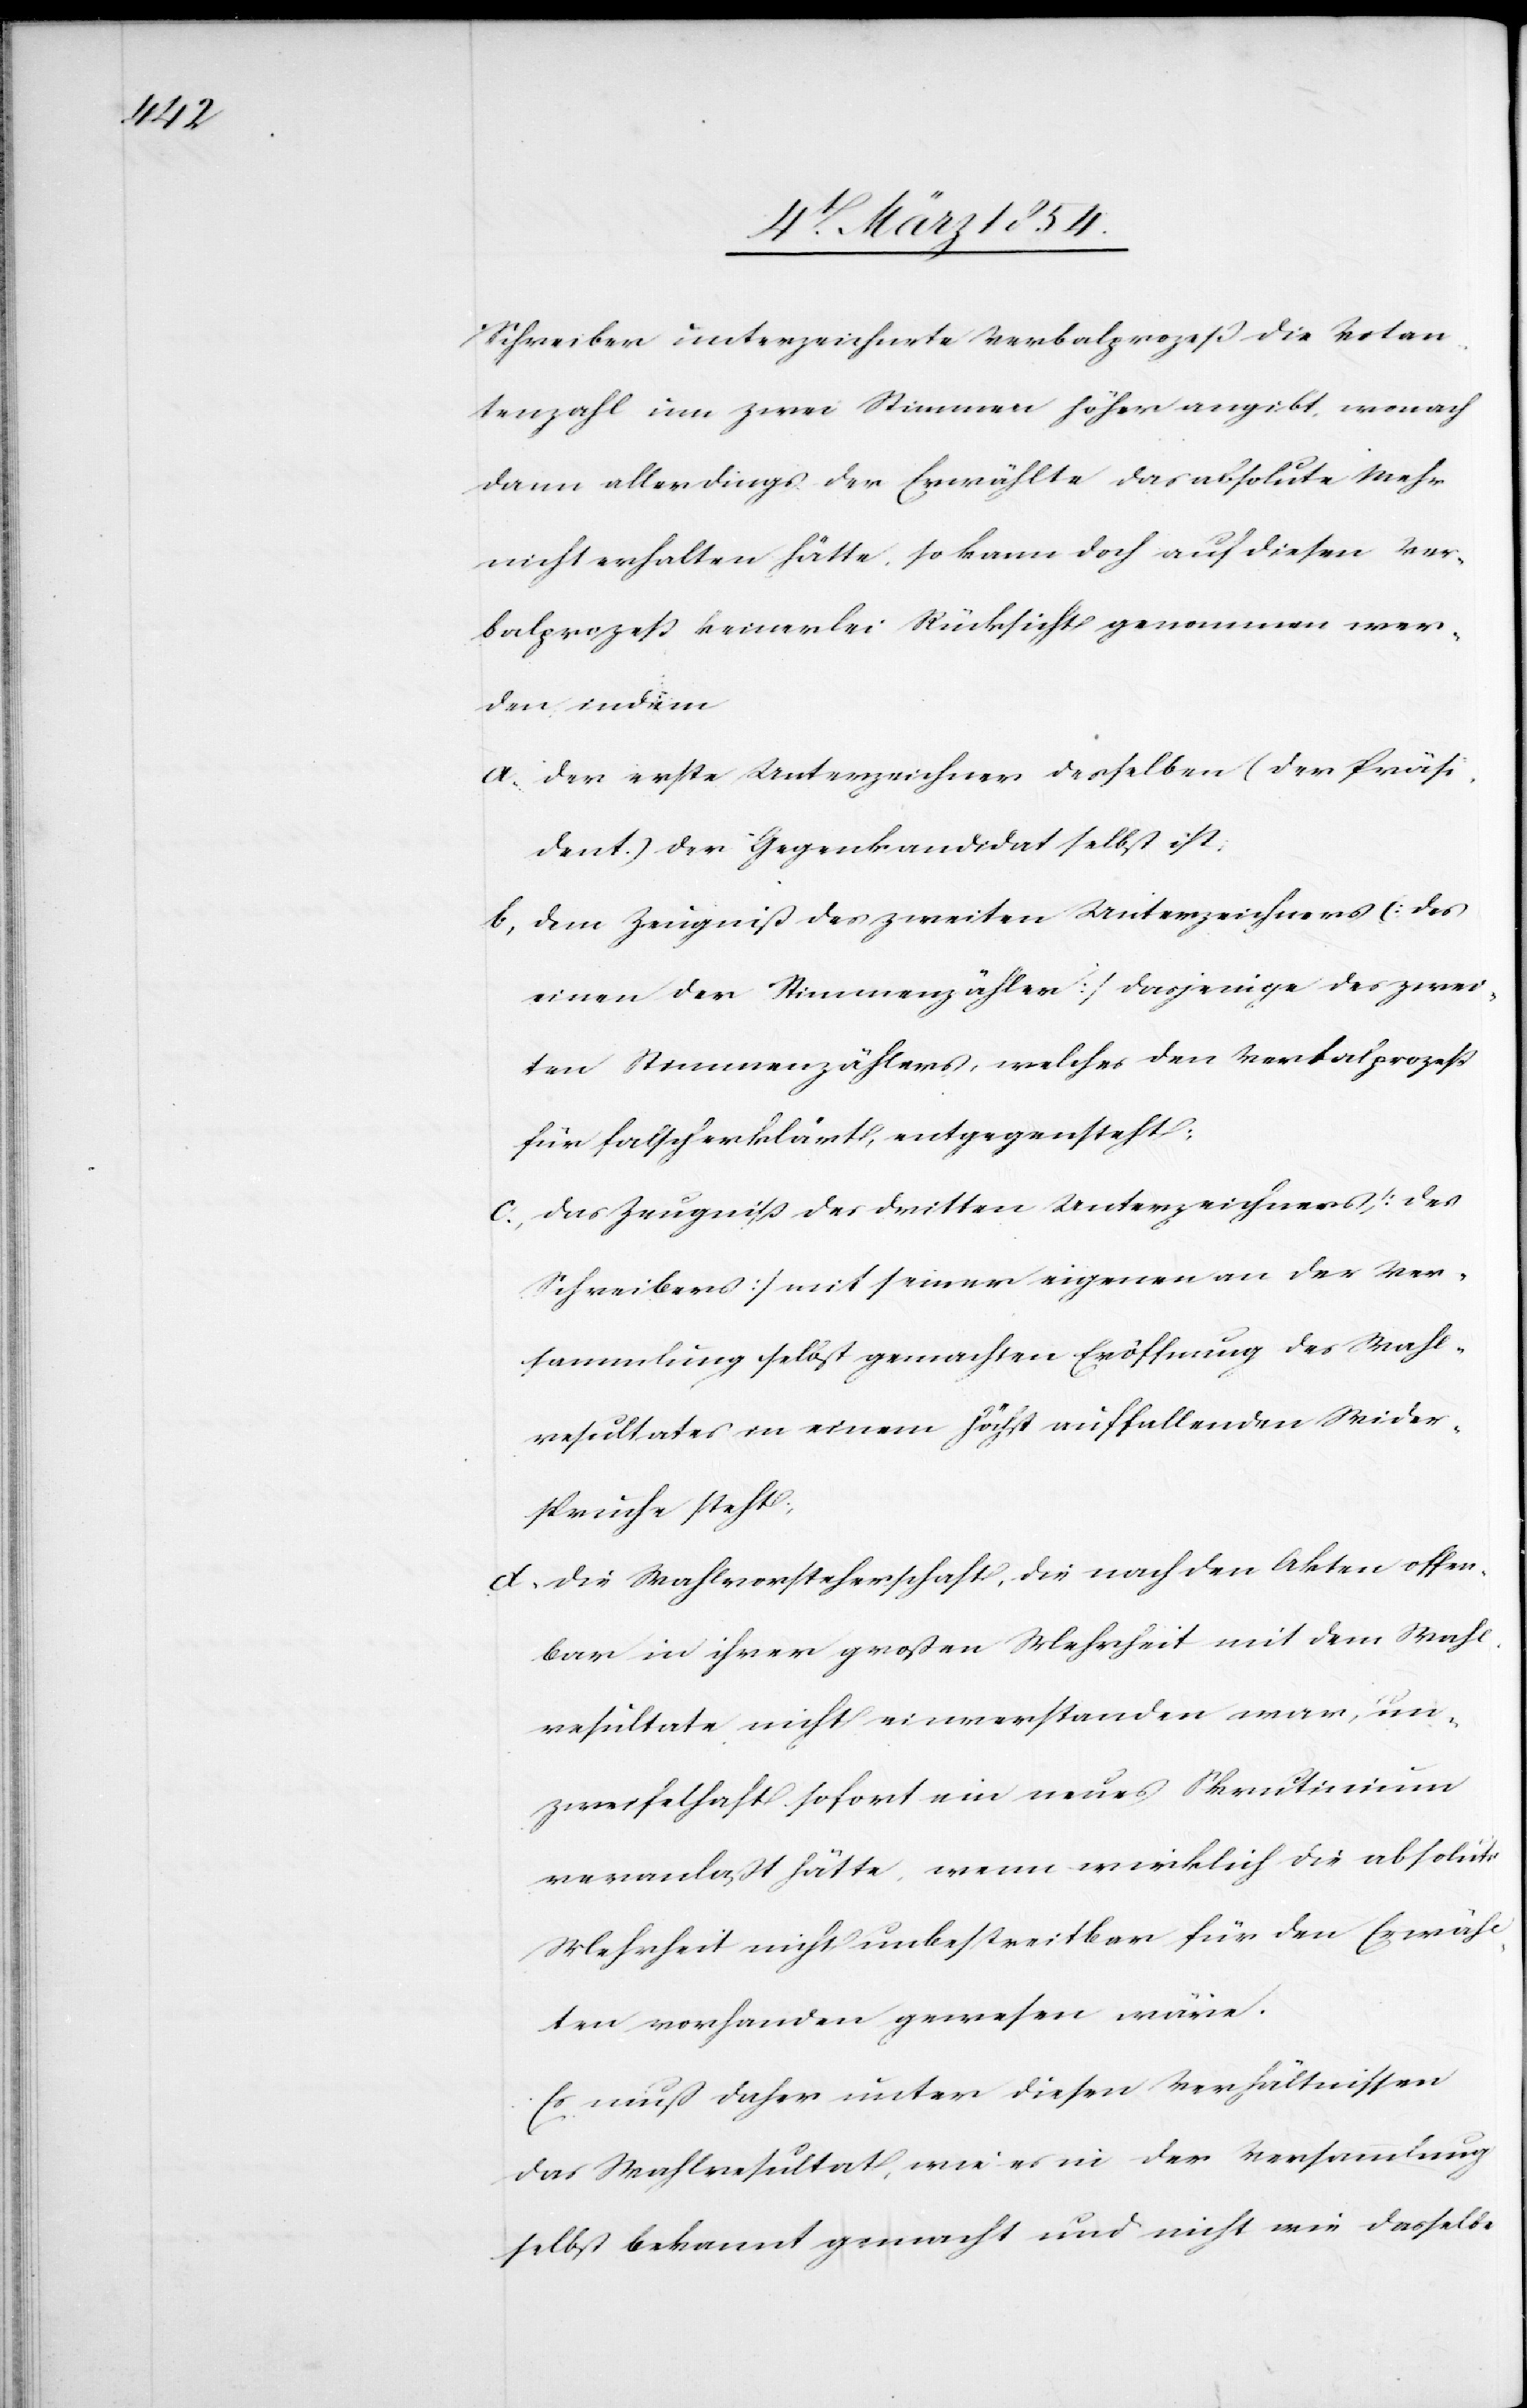
Schreiber unterzeichnete Verbalprozeß die Votan¬
tenzahl um zwei Stimmen höher angibt, wonach
dann allerdings der Erwählte das absolute Mehr
nicht erhalten hätte, so kann doch auf diesen Ver¬
balprozeß keinerlei Rücksicht genommen wer¬
den indem
a. der erste Unterzeichner desselben (der Präsi¬
dent.) der Gegenkandidat selbst ist:
b, dem Zeugniß des zweiten Unterzeichners (des
einen der Stimmenzähler) dasjenige des zwei¬
ten Stimmenzählers, welches den Verbalprozeß
für falsch erklärt, entgegensteht:
c., das Zeugniß des dritten Unterzeichners (des
Schreibers) mit seiner eigenen an der Ver¬
sammlung selbst gemachten Eröffnung des Wahl¬
resultates in einem höchst auffallenden Wider¬
spruche steht;
d. die Wahlvorsteherschaft, die nach den Akten offen¬
bar in ihrer großen Mehrheit mit dem Wahl¬
resultate nicht einverstanden war, un¬
zweifelhaft sofort ein neues Skrutinium
veranlaßt hätte, wenn wirklich die absolute
Mehrheit nicht unbestreitbar für den Erwähl¬
ten vorhanden gewesen wäre.
Es muß daher unter diesen Verhältnissen
das Wahlresultat, wie es in der Versammlung
selbst bekannt gemacht und nicht wie dasselbe